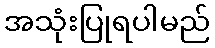
အသုံးပြုရပါမည်